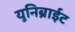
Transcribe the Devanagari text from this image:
युनिब्राईट